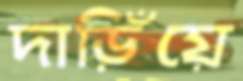
দাড়িঁয়ে